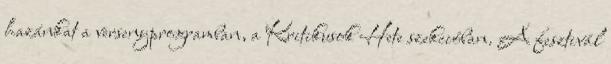
hazánkat a versenyprogramban, a Kritikusok Hete szekcióban. A fesztivál